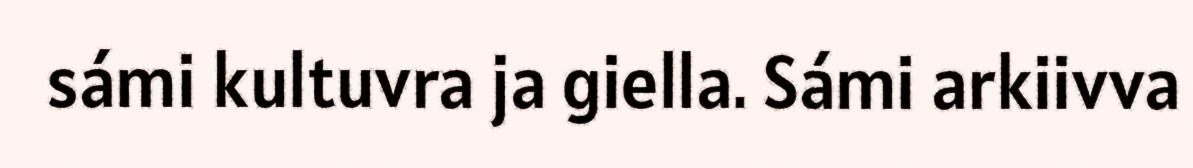
sámi kultuvra ja giella. Sámi arkiivva